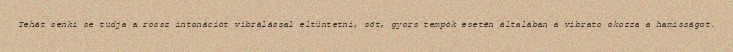
Tehát senki se tudja a rossz intonációt vibrálással eltüntetni, sőt, gyors tempók esetén általában a vibrato okozza a hamisságot.